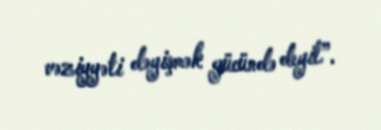
vəziyyəti dəyişmək gücündə deyil”.